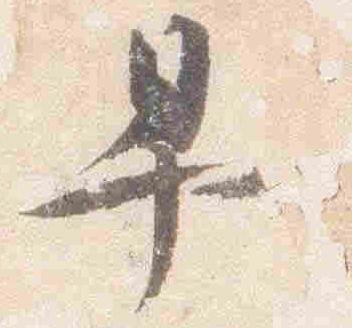
早